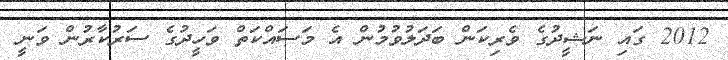
2012 ގައި ނަޝީދުގެ ވެރިކަން ބަދަލުވުމުން އެ މަސައްކަތް ވަހީދުގެ ސަރުކާރުން ވަނީ